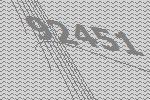
92451